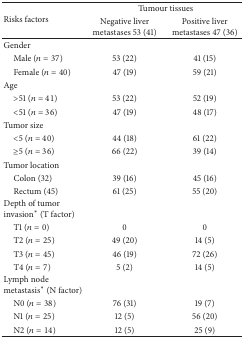
<table><thead><tr><td rowspan="2"><b>Risks factors</b></td><td colspan="2"><b>Tumour tissues</b></td></tr><tr><td><b>Negative liver metastases 53 (41)</b></td><td><b>Positive liver metastases 47 (36)</b></td></tr></thead><tbody><tr><td>Gender</td><td> </td><td> </td></tr><tr><td> Male (<i>n</i> = 37)</td><td>53 (22)</td><td>41 (15)</td></tr><tr><td> Female (<i>n</i> = 40)</td><td>47 (19)</td><td>59 (21)</td></tr><tr><td>Age</td><td> </td><td> </td></tr><tr><td> &gt;51 (<i>n</i> = 41)</td><td>53 (22)</td><td>52 (19)</td></tr><tr><td> &lt;51 (<i>n</i> = 36)</td><td>47 (19)</td><td>48 (17)</td></tr><tr><td>Tumor size</td><td> </td><td> </td></tr><tr><td> &lt;5 (<i>n</i> = 40)</td><td>44 (18)</td><td>61 (22)</td></tr><tr><td> ≥5 (<i>n</i> = 36)</td><td>66 (22)</td><td>39 (14)</td></tr><tr><td>Tumor location</td><td> </td><td> </td></tr><tr><td> Colon (32)</td><td>39 (16)</td><td>45 (16)</td></tr><tr><td> Rectum (45)</td><td>61 (25)</td><td>55 (20)</td></tr><tr><td>Depth of tumor invasion∗ (T factor)</td><td> </td><td> </td></tr><tr><td> T1 (<i>n</i> = 0)</td><td>0</td><td>0</td></tr><tr><td> T2 (<i>n</i> = 25)</td><td>49 (20)</td><td>14 (5)</td></tr><tr><td> T3 (<i>n</i> = 45)</td><td>46 (19)</td><td>72 (26)</td></tr><tr><td> T4 (<i>n</i> = 7)</td><td>5 (2)</td><td>14 (5)</td></tr><tr><td>Lymph node metastasis∗ (N factor)</td><td> </td><td> </td></tr><tr><td> N0 (<i>n</i> = 38)</td><td>76 (31)</td><td>19 (7)</td></tr><tr><td> N1 (<i>n</i> = 25)</td><td>12 (5)</td><td>56 (20)</td></tr><tr><td> N2 (<i>n</i> = 14)</td><td>12 (5)</td><td>25 (9)</td></tr></tbody></table>